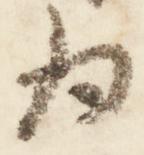
為